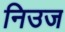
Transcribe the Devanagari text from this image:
निउज